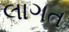
લાગત